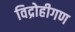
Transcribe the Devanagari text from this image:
विद्रोहीगण